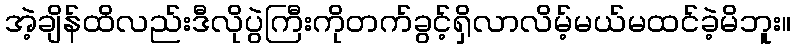
အဲ့ချိန်ထိလည်းဒီလိုပွဲကြီးကိုတက်ခွင့်ရှိလာလိမ့်မယ်မထင်ခဲ့မိဘူး။